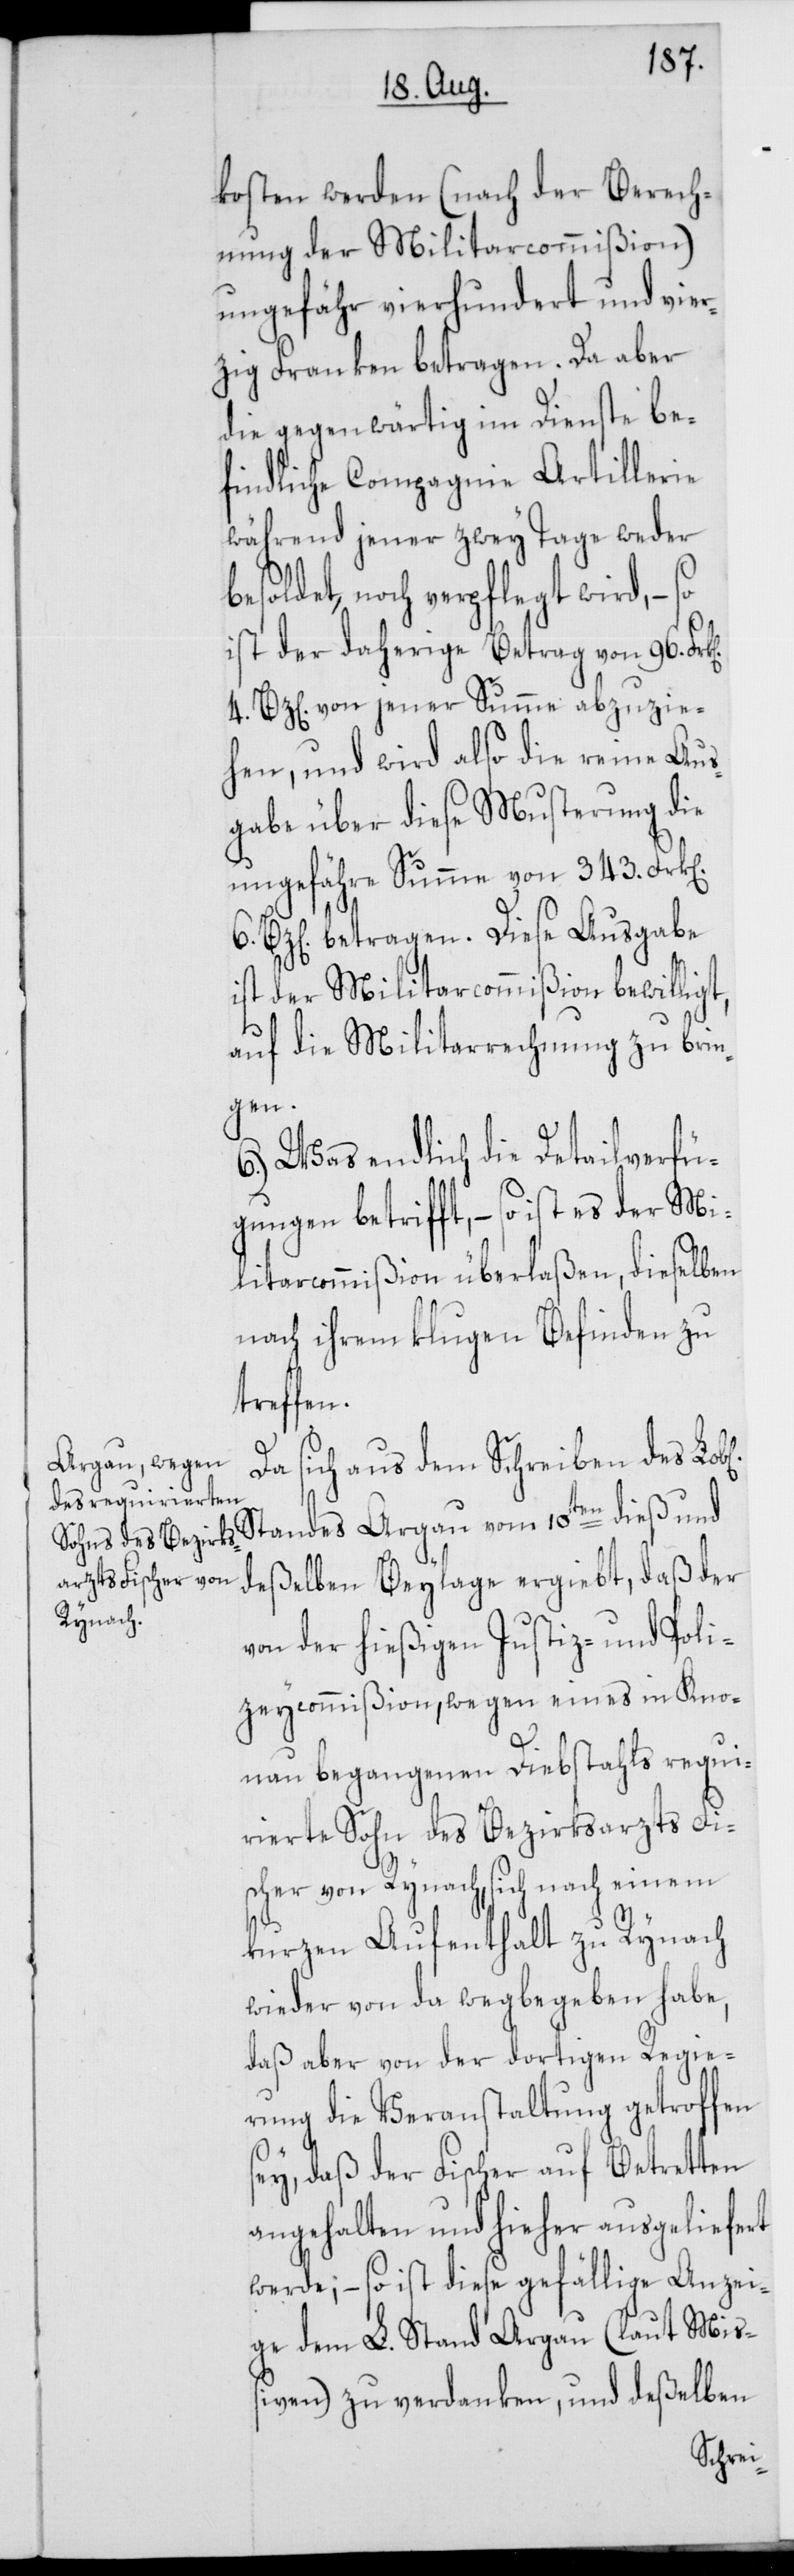
kosten werden (nach der Berech¬
nung der Militarcommißion)
ungefähr vierhundert und vier¬
zig Franken betragen. Da aber
die gegenwärtig im Dienste be¬
findliche Compagnie Artillerie
während jener zwey Tage weder
besoldet, noch verpflegt wird, – so
ist der daherige Betrag von 96.
4. Bz[en]. von jener Summe abzuzie¬
hen, und wird also die reine Aus¬
gabe über diese Musterung die
ungefähre Summe von 343. Frk[en]
6. Bz[en] betragen. Diese Ausgabe
ist der Miliarcommißion bewilligt,
auf die Militarrechnung zu brin¬
gen.
6.) Was endlich die Detailverfü¬
gungen betrifft, – so ist es der Mi¬
litarcommißion überlaßen, dieselben
nach ihrem klugen Befinden zu
treffen.
Da sich aus dem Schreiben des
deßelben Beylage ergiebt, daß der
von der hießigen Justiz- und Poli¬
zeycommißion, wegen eines in Kno¬
nau begangenen Diebstahls requi¬
rierte Sohn des Bezirksarzts Fi¬
scher von Rynach, sich nach einem
kurzen Aufenthalt zu Rynach
wieder von da wegbegeben habe,
daß aber von der dortigen Regie¬
rung die Veranstaltung getroffen
sey, daß der Fischer auf Betretten
angehalten und hieher ausgeliefert
werde; – so ist diese gefällige Anzei¬
ge dem L. Stand Aargau (laut Miß¬
iven) zu verdanken, und deßelben